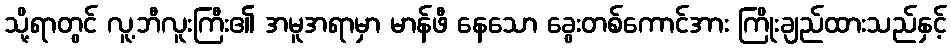
သို့ရာတွင် လူ့ဘီလူးကြီး၏ အမူအရာမှာ မာန်ဖီ နေသော ခွေးတစ်ကောင်အား ကြိုးချည်ထားသည်နှင့်